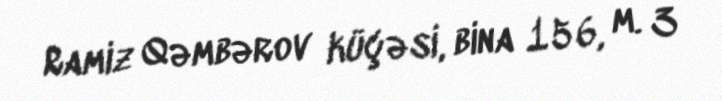
Ramiz Qəmbərov küçəsi, bina 156, m. 3